Karu_vallavalitsus_Parnumaal, lk 48
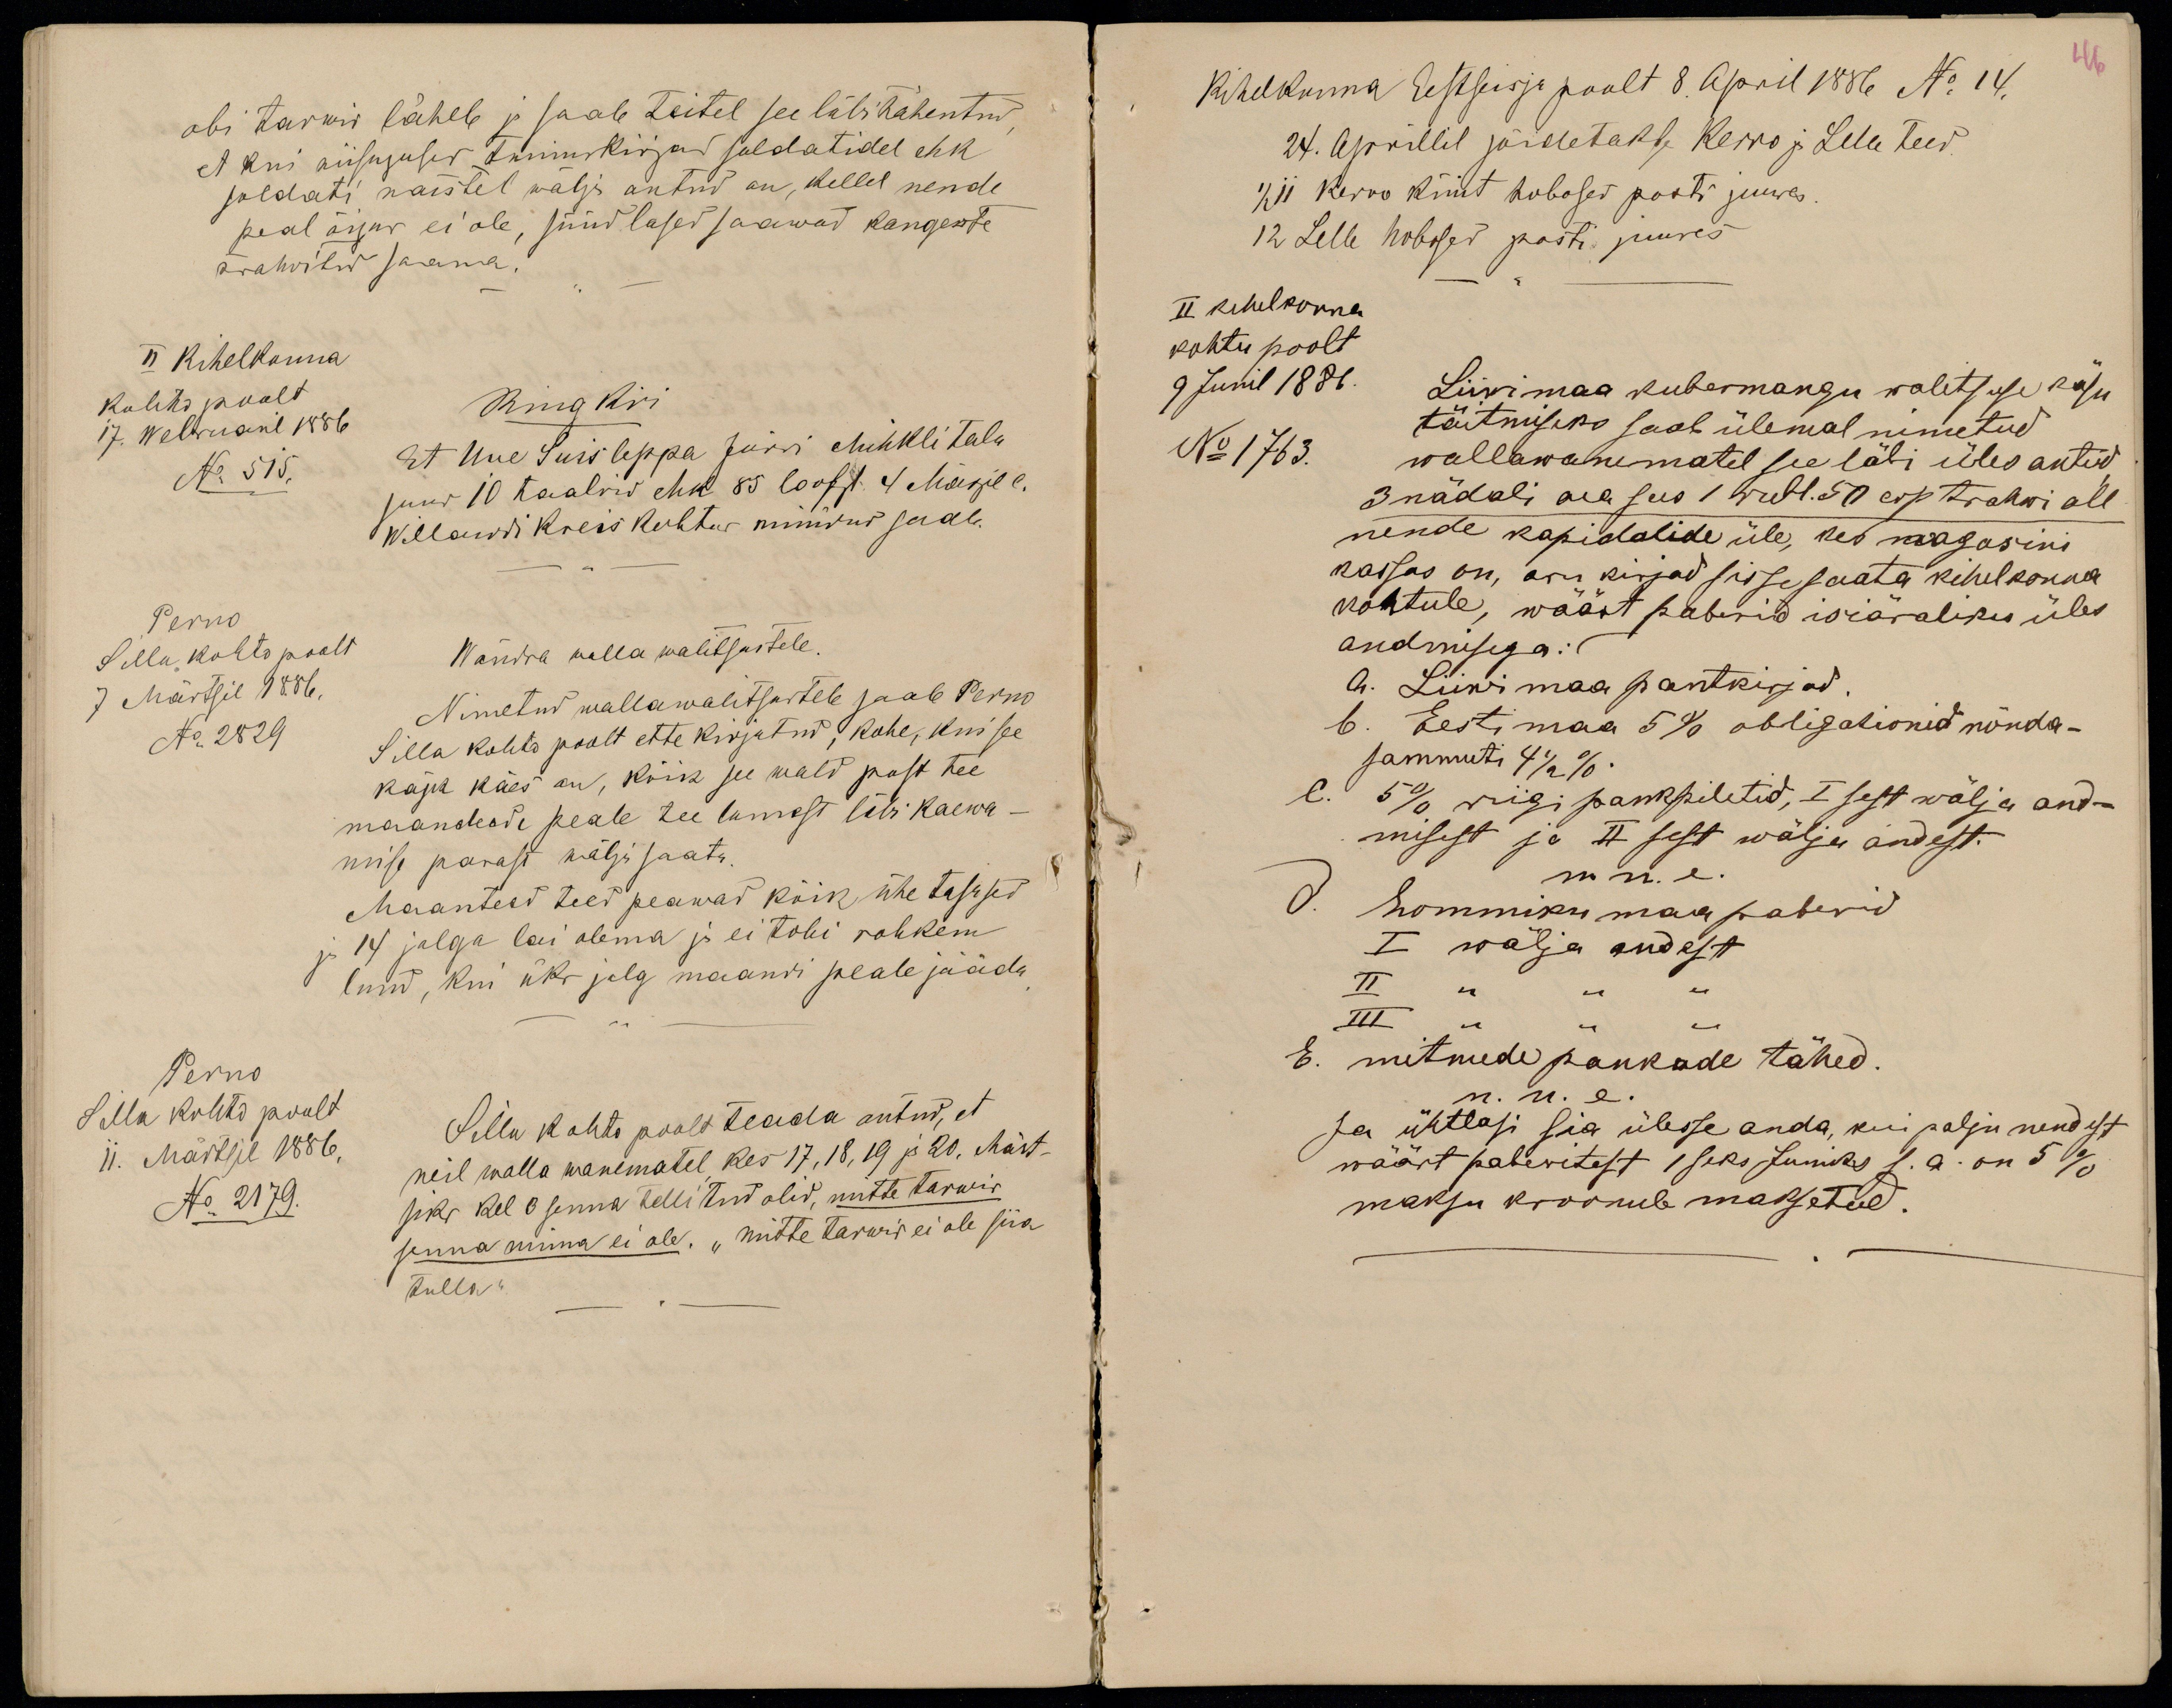
abi tarwis läheb ja saab teitel seeläbi tähentud,
et kui niisugused tunniskirjad soldatidel ehk
soldati naistel wälja antud on, kellel nende
peal õigus ei ole, süüdlased saawad kangeste
trahwitud saama.
II Kihelkonna
kohto poolt
17. Webruaril 1886
No 515.
Ring kiri
Et Uue Suisleppa Jürri Mihkli talu
suur 10 taalrid ehk 85 loofst. 4 Märzil c.
Willandi kreis kohtus müüdud saab.
Perno
Silla kohto poolt
7 Märtsil 1886,
No 2829
Wändra walla walitsustele.
Nimetud wallawalitsustele saab Perno
Silla kohto poolt ette kirjutud, kohe, kui see
käsk käes on, kõik see wald post tee
maandeede peale tee lumest läbi kaewa-
mise parast wälja saata.
Maanteed teed peawad kõik ühe tasased
ja 14 jalga lai olema ja ei tohi rohkem
lund, kui üks jalg maandi peale jääda.
Perno
Silla kohto poolt
11. Märtsil 1886,
No 2179.
Silla kohto poolt teada antud, et
neil walla wanematel, kes 17,18,19 ja 20. Märt-
siks kel 3 senna tellitud olid, mitte tarwis
senna minna ei ole. "mitte tarwis ei olle siia
tulla"

46
Kihelkonna Eestseisja poolt 8. April 1886 No 14.
24. Aprillil sõidetakse Kerro ja Lelle teed.
1/2 11 Kerro küüt hobosed posti juures.
12 Lelle hobosed posti juures
II kihelkonna
kohtu poolt
9 Junil 1886.
No 1763.
Liiwimaa kubermangu walitsuse käsu
täitmiseks saab ülemal nimetud
wallawanematel see läbi üles antud,
3 nädali aea sees 1 rubl. 50 cop trahwi all
nende kapidalide üle, kes magasini
kassas on, aru kirjad sissesaata kihelkonna
kohtule, wäärt paberid isiäraliku üles
andmisega: (
a. Liiwimaa pantkirjad.
b. Eestimaa 5% obligationid nõnda-
sammuti 4 1/2 %.
c. 5% riigi pankpiletid, I sest wälja and-
misest ja II sest wälja andest.
n. n. e.
d. hommiku maa paberid
I wälja andest
II " " "
III " " "
E. mitmede pankade tähed.
n. n. e.
Ja ühtlasi sia ülesse anda, kui palju nendest
wäärt paberitest 1seks Juniks s. a. on 5%
maksu kroonule maksetud.